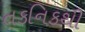
તકનિકથી